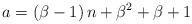
LaTeX: \begin{align*}a=\left(\beta-1\right)n+\beta^{2}+\beta+1\end{align*}